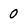
Character: 0